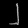
Digit: ၂